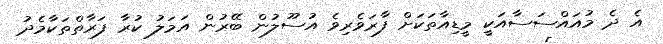
އެ ދެ މުއައްސަސާއަކީ މީޑިއާތަކަށް ފާރަވެރިވެ އުސޫލުން ބޭރުން އަމަލު ކުރާ ފަރާތްތަކާމެދު